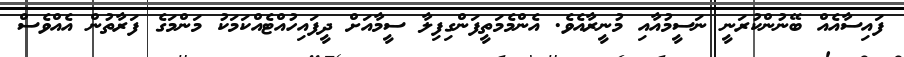
ފައިސާއެއް ބޭނުންކުރަނީ ނަސީމުއާއި މުނީރާއެވެ. އެންމެމަތީފަންގިފިލާ ސީމާއަށް ދީފައިހުއްޓެއްކަމަކު މަންމަގެ ފަރާތުން އެއްވެސް